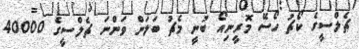
ޗެލްސީގެ ކޯޗު ހޯސޭ މޮރީނިއޯ ބުނީ މެޗު ބަލަން ވަންނަ ޗެލްސީގެ 40000